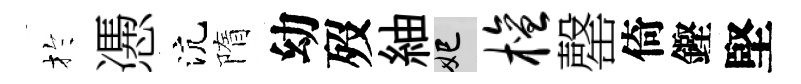
扵慿沆隋幼歿紬妃檀罄倚鏗堅